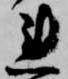
連